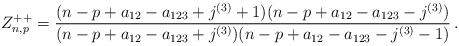
LaTeX: \begin{align*} Z^{++}_{n,p}=\frac{(n-p+a_{12}-a_{123}+j^{(3)}+1)(n-p+a_{12}-a_{123}-j^{(3)})}{(n-p+a_{12}-a_{123}+j^{(3)})(n-p+a_{12}-a_{123}-j^{(3)}-1)}\,.\end{align*}